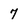
Character: 7